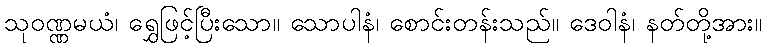
သုဝဏ္ဏမယံ၊ ရွှေဖြင့်ပြီးသော။ သောပါနံ၊ စောင်းတန်းသည်။ ဒေဝါနံ၊ နတ်တို့အား။